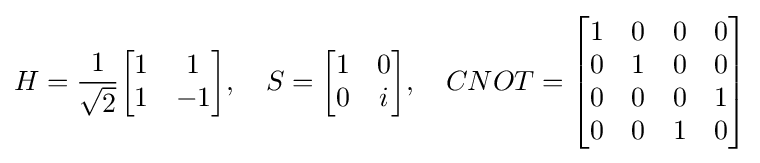
H={\frac {1}{\sqrt {2}}}{\begin{bmatrix}1&1\\1&-1\end{bmatrix}},\quad S={\begin{bmatrix}1&0\\0&i\end{bmatrix}},\quad CNOT={\begin{bmatrix}1&0&0&0\\0&1&0&0\\0&0&0&1\\0&0&1&0\end{bmatrix}}